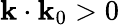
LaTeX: \mathbf{k}\cdot\mathbf{k}_{0}>0